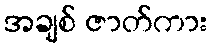
အချစ် ဇာတ်ကား